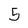
Character: 5